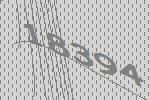
18394